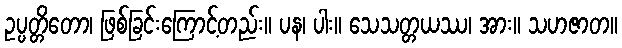
ဥပ္ပတ္တိတော၊ ဖြစ်ခြင်းကြောင့်တည်း။ ပန၊ ပါး။ သေသတ္တယဿ၊ အား။ သဟဇာတ။